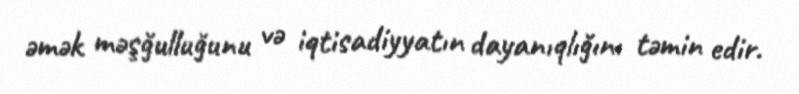
əmək məşğulluğunu və iqtisadiyyatın dayanıqlığını təmin edir.